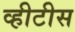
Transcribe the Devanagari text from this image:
व्हीटीस